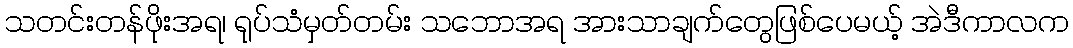
သတင်းတန်ဖိုးအရ၊ ရုပ်သံမှတ်တမ်း သဘောအရ အားသာချက်တွေဖြစ်ပေမယ့် အဲဒီကာလက